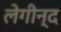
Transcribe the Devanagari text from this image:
लेगीन्द